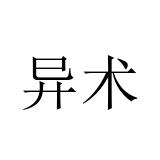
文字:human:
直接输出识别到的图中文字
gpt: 异术